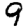
Digit: 9